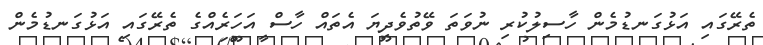
ތެރޭގައި އަޅުގަނޑުމެން ހާސިލުކުރި ނުވަތަ ވޭތުވެދިޔަ އެތައް ހާސް އަހަރެއްގެ ތެރޭގައި އަޅުގަނޑުމެން